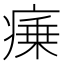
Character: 𭼜